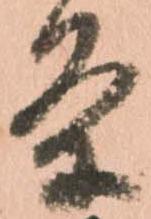
条